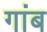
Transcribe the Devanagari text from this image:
गांब